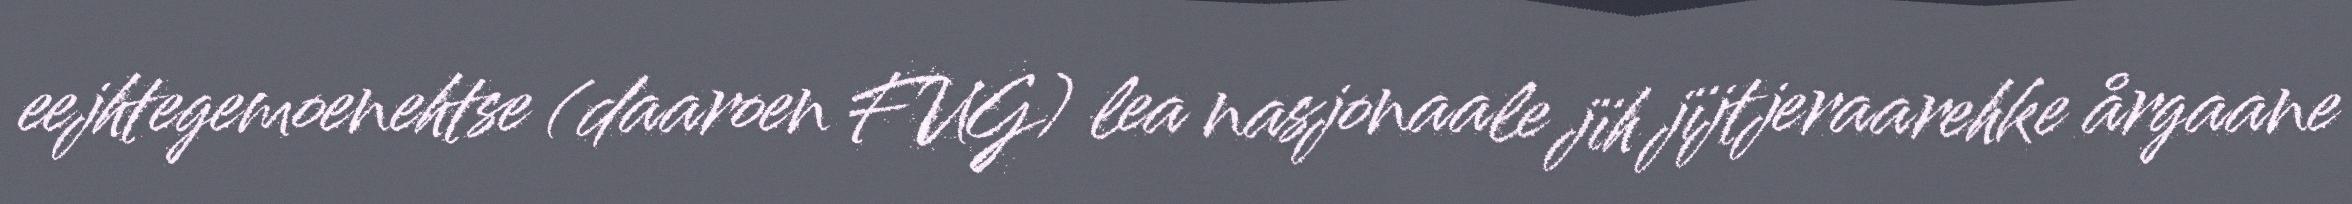
eejhtegemoenehtse (daaroen FUG) lea nasjonaale jïh jïjtjeraarehke årgaane